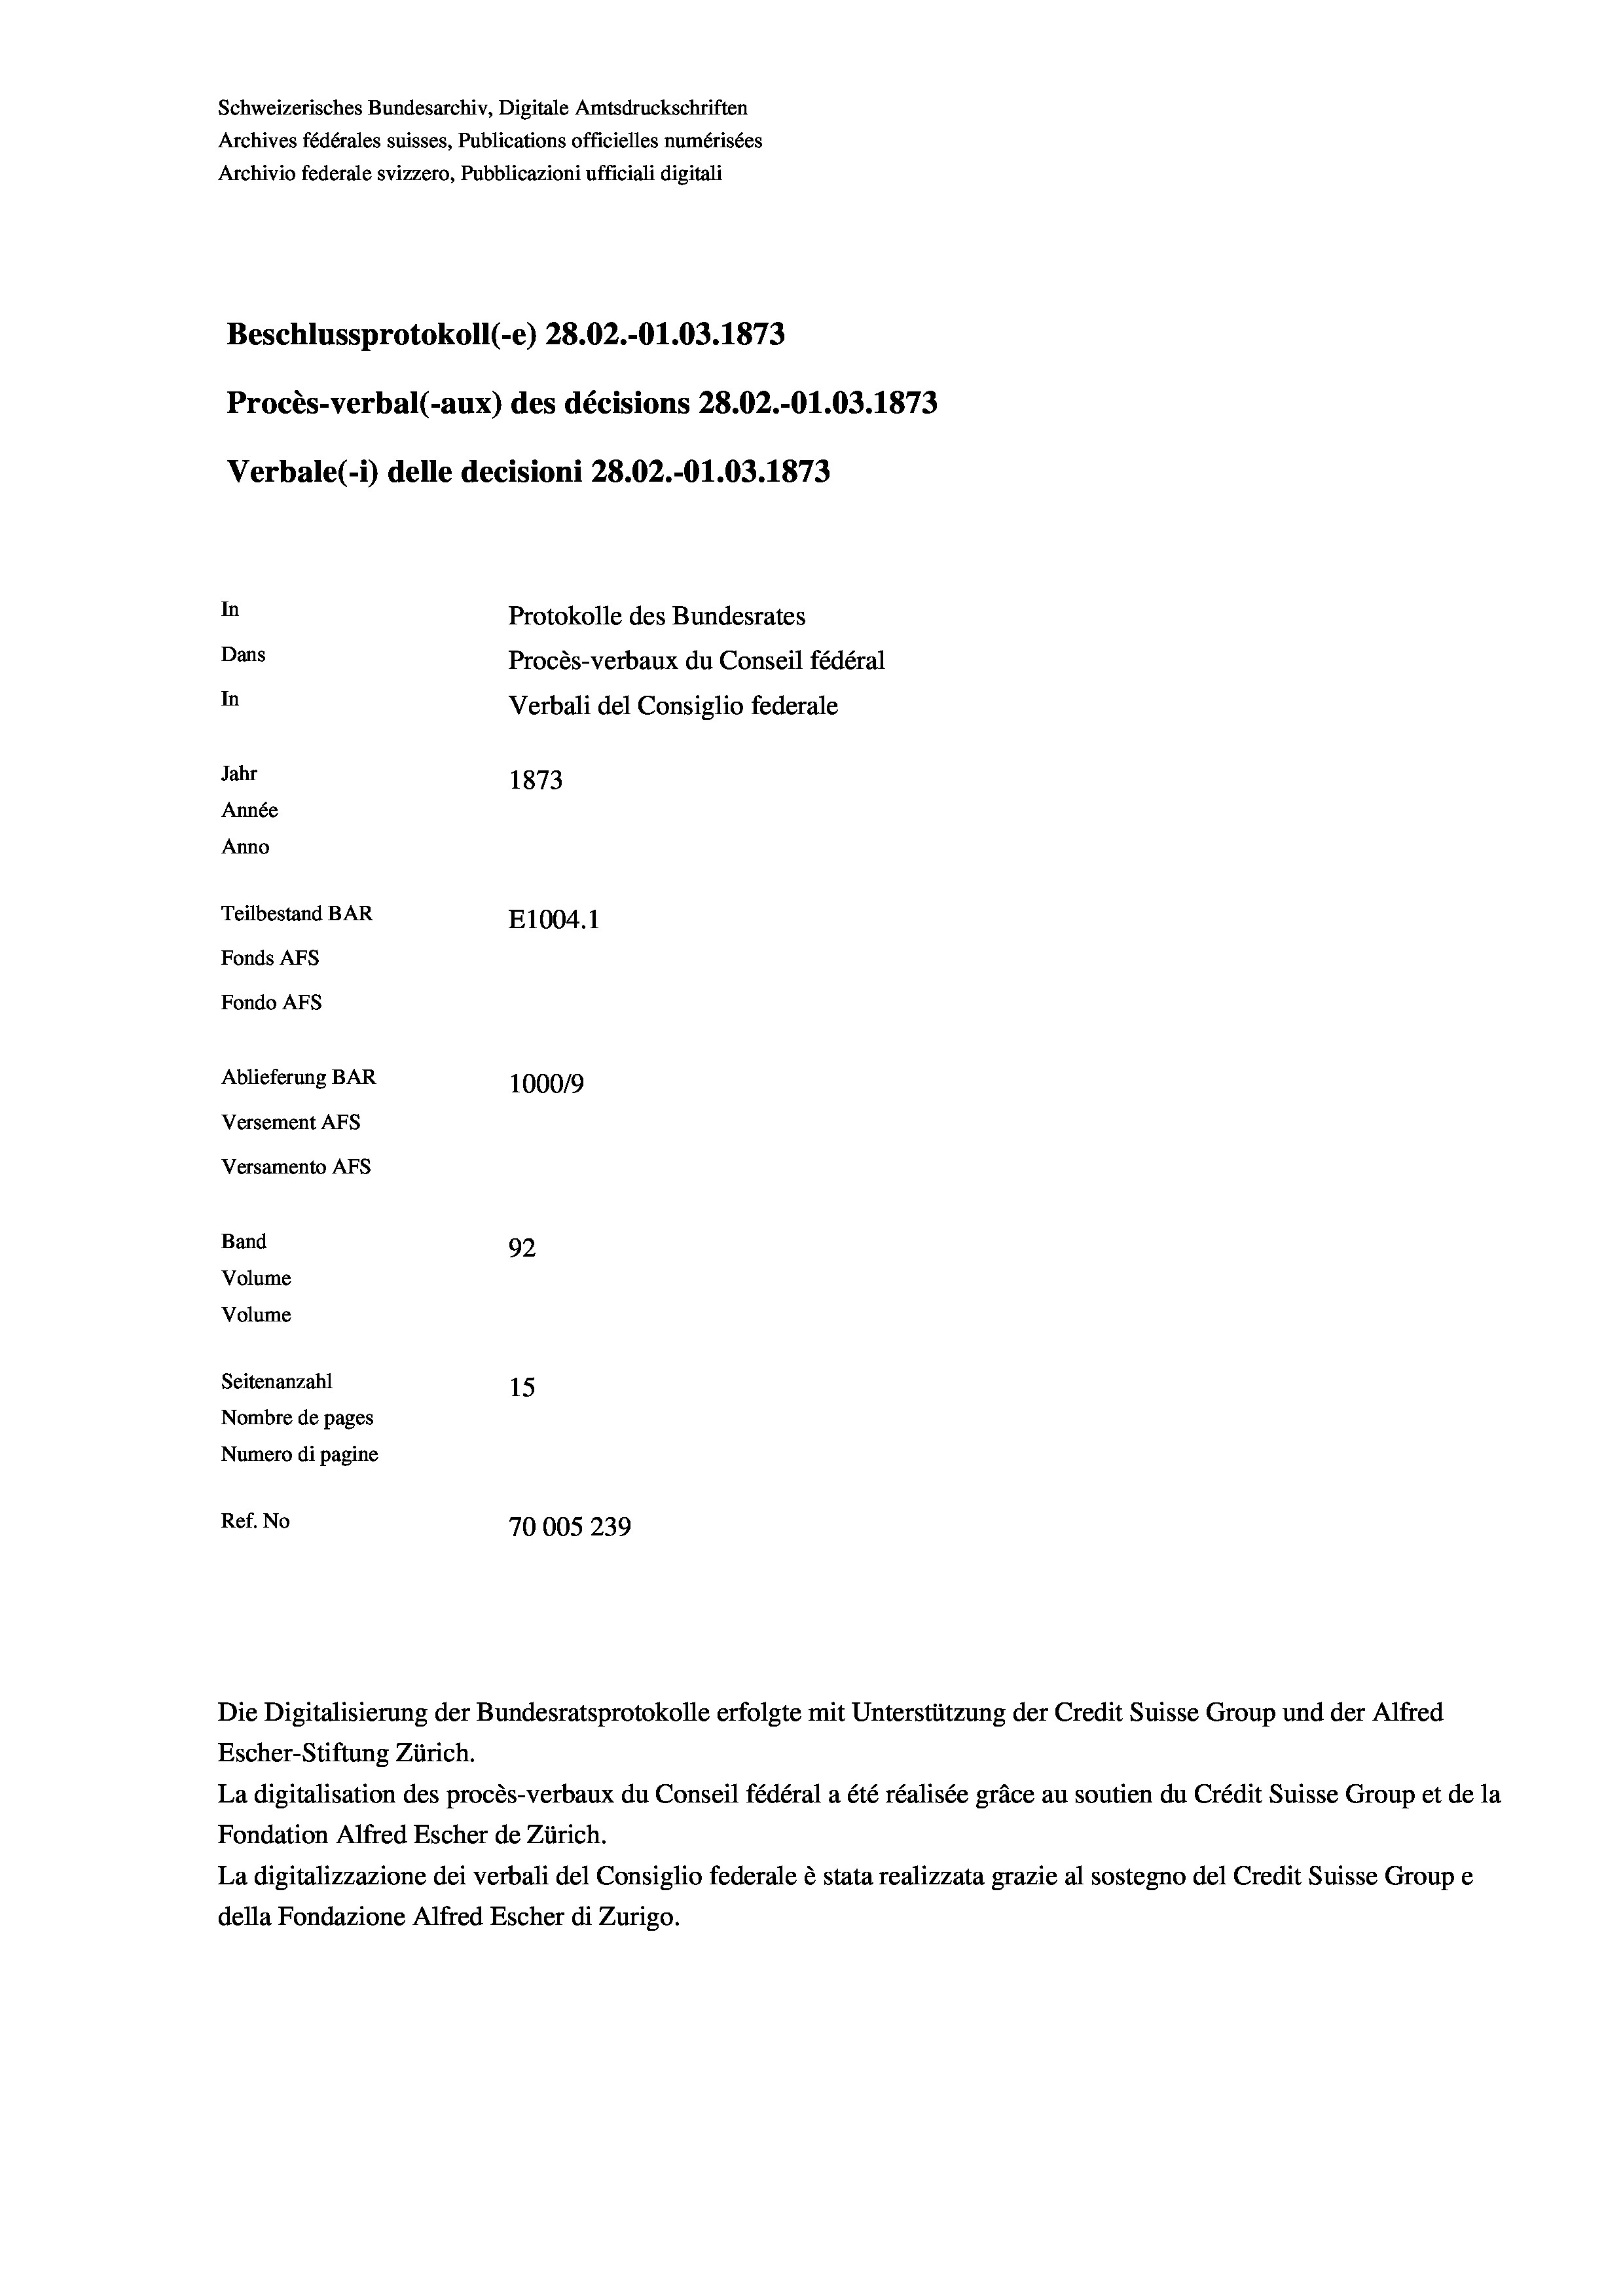
Schweizerisches Bundesarchiv, Digitale Amtsdruckschriften
Archives fédérales suisses, Publications officielles numérisées
Archivio federale svizzero, Pubblicazioni ufficiali digitali

Beschlussprotokoll (-e) 28.02.-O1.03. 1873
Procès-verbal (-aux) des décisions 28.02.-O1.03. 1873
In
Protokolle des Bundesrates
Dans
Procès-verbaux du Conseil fédéral
In
Verbali del Consiglio federale
Jahr
1873
Année
Anno
Teilbestand BAR
E1004. 1
Fonds AFs
Fondo Afs
Ablieferung BAR
100019
Versement AFs
Versamento Afs

Band

92
Seitenanzahl
15
Nombre de pages
Numero di pagine
Ref. No
70005 239

Volume
Volume

Verbale (1) delle decisioni 28.02.-O1.03. 1873

Escher-Stiftung Zürich.
La digitalisation des procès-verbaux du Conseil fédéral a été réalisée gräce au soutien du Crédit Suisse Group et de la
Fondation Alfred Escher de Zürich.
La digitalizzazione dei verbali del Consiglio federale è stata realizzata grazie al sostegno del Credit Suisse Groupe
della Fondazione Alfred Escher di Zurigo.

Die Digitalisierung der Bundesratsprotokolle erfolgte mit Unterstützung der Credit Suisse Group und der Alfred